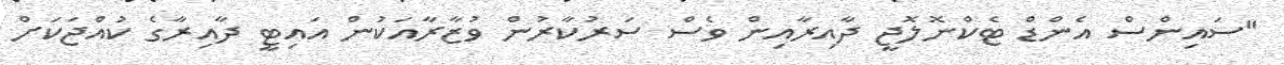
"ސައިންސް އެންޑް ޓެކްނޮލޮޖީ ދާއިރާއިން ވެސް ސަރުކާރުން ވުޒާރާއަކުން އައިޓީ ދާއިރާގެ ކުއްޖަކަށް